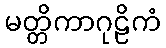
မတ္တိကာဂုဠိကံ